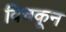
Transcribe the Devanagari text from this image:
विचकून